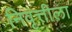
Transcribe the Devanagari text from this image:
निवृत्तीला